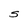
Character: S